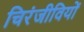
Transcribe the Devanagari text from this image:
चिरंजीवियों